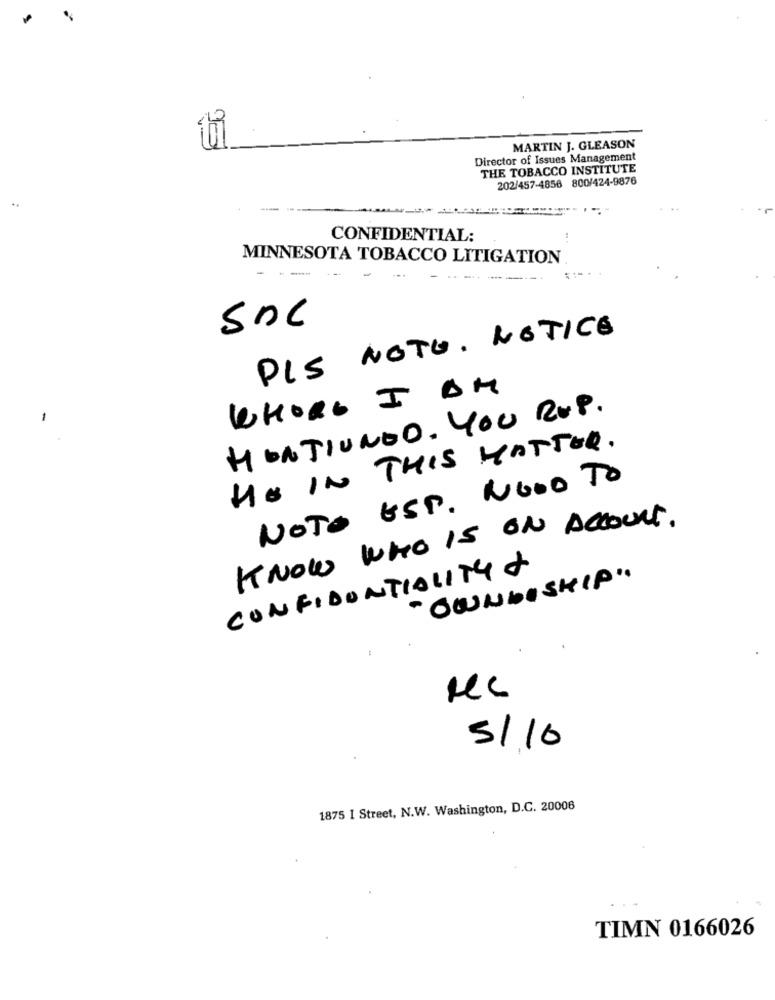
MARTIN J. GLEASON
Director of Issues Management
THE TOBACCO INSTITUTE
202/457-4856 800/424-9876
.-
CONFIDENTIAL:
MINNESOTA TOBACCO LITIGATION
------.
PIS NOTE. NOTICE
WHORG I AM
HONTIUNDO. YOU RUP.
HO IN THIS MATTER.
NOTO UST. NOOO TO
KNOW WHO IS ON ACCOUNT.
CONFIDENTIALITY +
" OWNBISHIP".
5/10
1875 I Street, N.W. Washington, D.C. 20006
TIMN 0166026